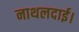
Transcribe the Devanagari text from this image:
नाथलदाई।